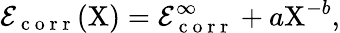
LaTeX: \mathcal{E}_{\mathrm{~c~o~r~r~}}(\mathrm{X})=\mathcal{E}_{\mathrm{~c~o~r~r~}}^{\infty}+a\mathrm{X}^{-b},